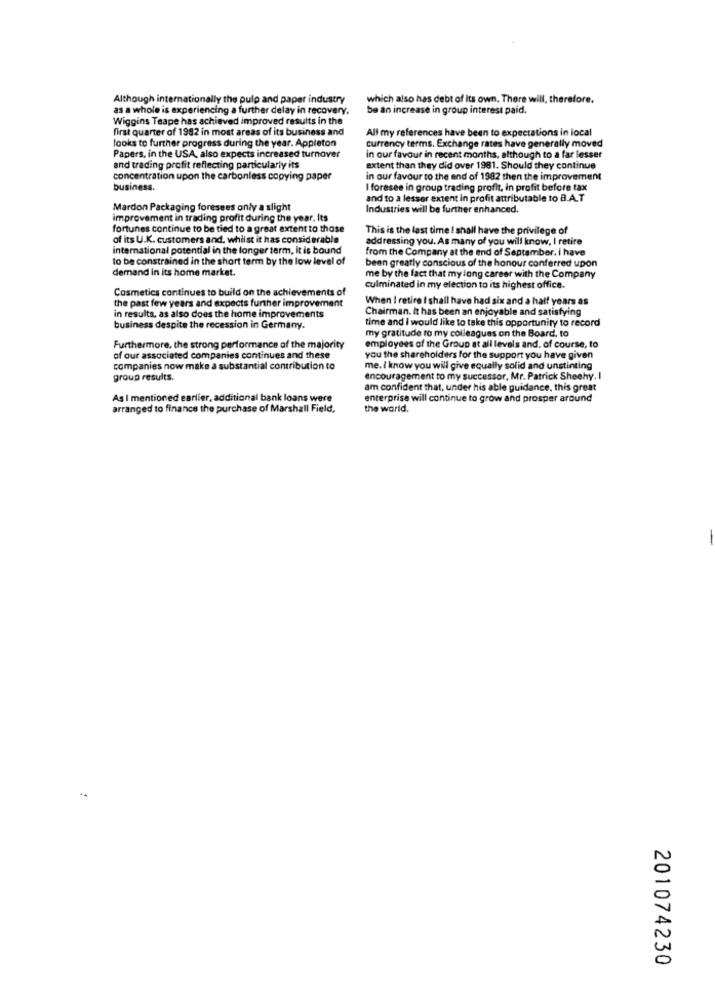
Although internationally the pulp and paper industry
which also has debt of its own. There will, therefore.
as a whole is experiencing a further delay in recovery.
be an increase in group interest paid.
Wiggins Teape has achieved improved results in the
first quarter of 1992 in most areas of its business and
All my references have been to expectations in local
looks to further progress during the year. Appleton
currency terms. Exchange rates have generally moved
Papers, in the USA, also expects increased turnover
in our favour in recent months, although to a far lesser
and trading profit reflecting particularly its
extent than they did over 1981. Should they continue
concentration upon the carbonless copying paper
in our favour to the end of 1982 then the improvement
business.
I foresee in group trading profit, in profit before tax
and to a lesser extent in profit attributable to B.A.T
Mardon Packaging foresees only a slight
Industries will be further enhanced.
improvement in trading profit during the year. Its
fortunes continue to be tied to a great extent to those
This is the last time I shall have the privilege of
of its U.K. customers and, whilst it has considerable
addressing you. As many of you will know, I retire
international potential in the longer term, it is bound
from the Company at the end of September. i have
to be constrained in the short term by the low level of
been greatly conscious of the honour conferred upon
demand in its home market.
me by the fact that my long career with the Company
Cosmetics continues to build on the achievements of
culminated in my election to its highest office.
the past few years and expects further improvement
When I retire I shall have had six and a half years as
Chairman. It has been an enjoyable and satisfying
in results, as also does the home improvements
time and I would like to take this opportunity to record
business despite the recession in Germany.
my gratitude to my colleagues on the Board, to
Furthermore, the strong performance of the majority
employees of the Group at all levels and, of course, to
of our associated companies continues and these
you the shareholders for the support you have given
companies now make a substantial contribution to
me. I know you will give equally solid and unstinting
group results.
encouragement to my successor, Mr. Patrick Sheehy. I
am confident that, under his able guidance, this great
As I mentioned earlier, additional bank loans were
enterprise will continue to grow and prosper around
arranged to finance the purchase of Marshall Field,
the world.
201074230